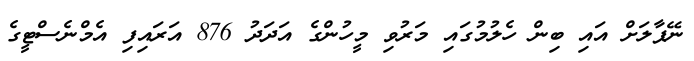
ނޭޕާލަށް އައި ބިން ހެލުމުގައި މަރުވި މީހުންގެ އަދަދު 876 އަރައިފި އެމްނެސްޓީގެ